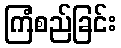
ကြံစည်ခြင်း